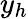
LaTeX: y_{h}